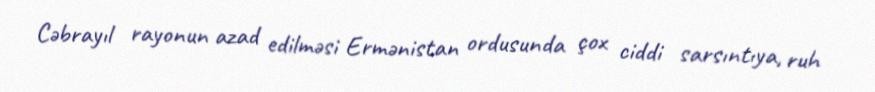
Cəbrayıl rayonun azad edilməsi Ermənistan ordusunda çox ciddi sarsıntıya, ruh